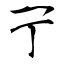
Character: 亍